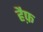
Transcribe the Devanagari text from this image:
हैफ़